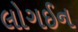
લોગઈન